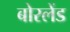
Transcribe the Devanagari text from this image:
बोरलेंड